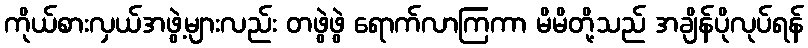
ကိုယ်စားလှယ်အဖွဲ့များလည်း တဖွဲဖွဲ ရောက်လာကြကာ မိမိတို့သည် အချိန်ပိုလုပ်ရန်